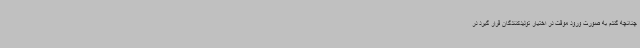
چنانچه گندم به صورت ورود موقت در اختیار تولیدکنندگان قرار گیرد در